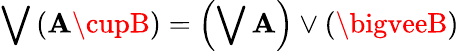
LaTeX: \bigvee\left(\mathbf{A}\cupB\right)=\left(\bigvee\mathbf{A}\right)\vee\left(\bigveeB\right)